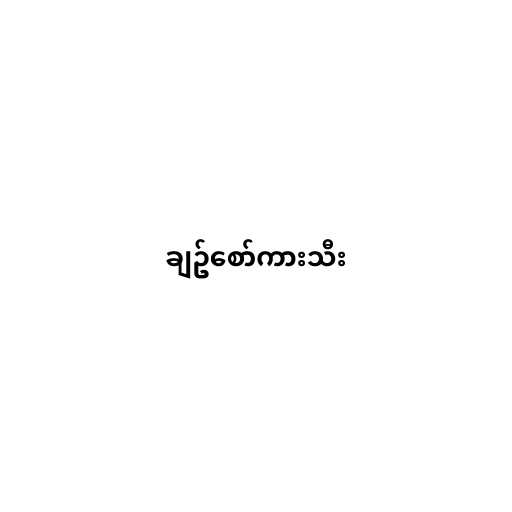
ချဥ်စော်ကားသီး